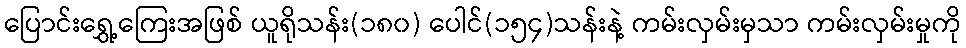
ပြောင်းရွှေ့ကြေးအဖြစ် ယူရိုသန်း(၁၈၀) ပေါင်(၁၅၄)သန်းနဲ့ ကမ်းလှမ်းမှသာ ကမ်းလှမ်းမှုကို